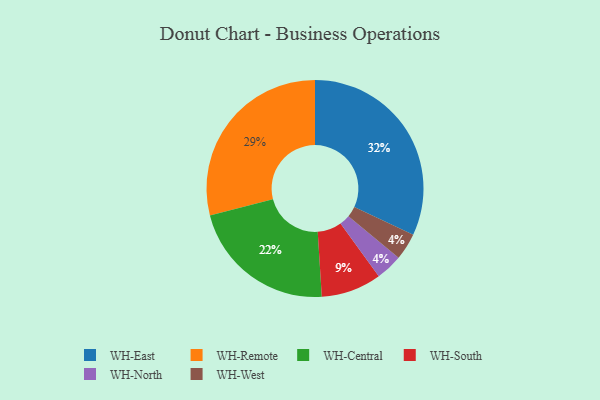
{"axis": {"x": "Category", "y": "Percentage"}, "legend": ["WH-Central", "WH-East", "WH-North", "WH-Remote", "WH-South", "WH-West"], "data": [{"x": "WH-South", "y": 9, "type": "WH-South"}, {"x": "WH-Remote", "y": 29, "type": "WH-Remote"}, {"x": "WH-North", "y": 4, "type": "WH-North"}, {"x": "WH-Central", "y": 22, "type": "WH-Central"}, {"x": "WH-East", "y": 32, "type": "WH-East"}, {"x": "WH-West", "y": 4, "type": "WH-West"}]}